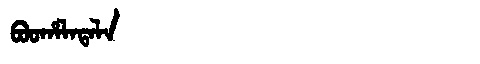
Manchu: ᠪᠣᠣᡥᠠᠯᠠᡨᠠᠯᠠ
Romanization: BOOHALATALA